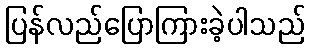
ပြန်လည်ပြောကြားခဲ့ပါသည်